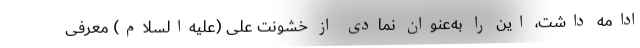
ادامه داشت، این را به‌عنوان نمادی از خشونت علی (علیه‌السلام) معرفی